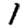
Digit: 1